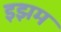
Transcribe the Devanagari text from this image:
इझम